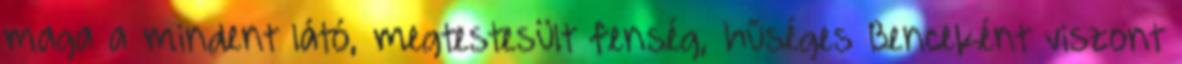
maga a mindent látó, megtestesült fenség, hűséges Benceként viszont